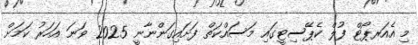
މި އެއަރޕޯޓް ފުލް ކެޕޭސިޓީގައި މަސައްކަތް ފަށައިގަންނާނީ 2025 ވަނަ އަހަރު ކަމަށް